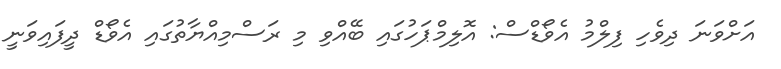
އަށްވަނަ ދިވެހި ފިލްމު އެވޯޑްސް: އޮލިމްޕަހުގައި ބޭއްވި މި ރަސްމިއްޔާތުުގައި އެވޯޑް ދީފައިވަނީ